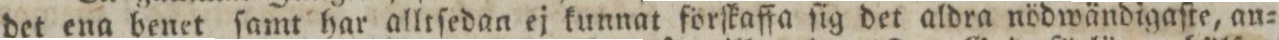
det ena benet ſamt har alltſedan ej kunnat förſkaffa ſig det aldra nödwändigaſte, an=